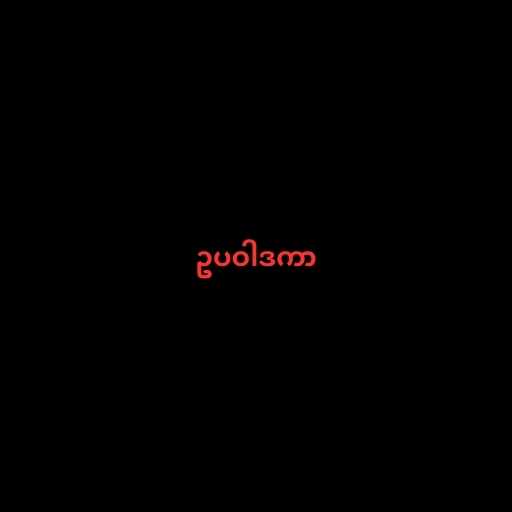
ဥပဝါဒကာ